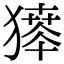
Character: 𤡶